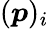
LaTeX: ({\boldsymbol{p}})_{i}